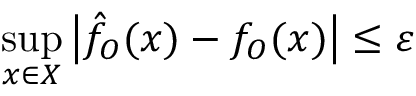
\underset { x \in { \cal { X } } } { \operatorname* { s u p } } \left| \hat { f } _ { O } ( x ) - f _ { O } ( x ) \right| \le \varepsilon